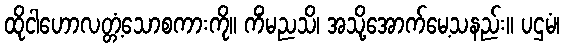
ထိုငါဟောလတ္တံ့သောစကားကို။ ကိံမညသိ၊ အသို့အောက်မေ့သနည်း။ ပဌမံ၊